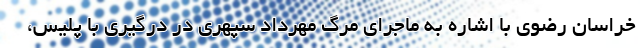
خراسان رضوی با اشاره به ماجرای مرگ مهرداد سپهری در درگیری با پلیس،